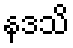
နဒသိ